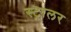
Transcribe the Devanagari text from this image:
स्ट्रालर